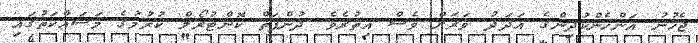
ޖެހުނު އަންހެންކުދިންގެ އަދަދު ވަރަށް ވެސް އިތުރެވެ. ދުންފަތް ކޮންޓުރޯލް ކުރުމުގެ މަސައްކަތުގައި